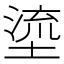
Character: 𡏬